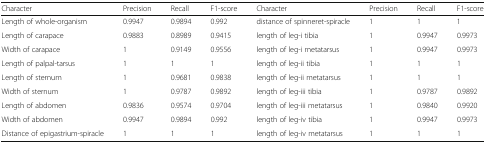
<table><thead><tr><td><b>Character</b></td><td><b>Precision</b></td><td><b>Recall</b></td><td><b>F1-score</b></td><td><b>Character</b></td><td><b>Precision</b></td><td><b>Recall</b></td><td><b>F1-score</b></td></tr></thead><tbody><tr><td>Length of whole-organism</td><td>0.9947</td><td>0.9894</td><td>0.992</td><td>distance of spinneret-spiracle</td><td>1</td><td>1</td><td>1</td></tr><tr><td>Length of carapace</td><td>0.9883</td><td>0.8989</td><td>0.9415</td><td>length of leg-i tibia</td><td>1</td><td>0.9947</td><td>0.9973</td></tr><tr><td>Width of carapace</td><td>1</td><td>0.9149</td><td>0.9556</td><td>length of leg-i metatarsus</td><td>1</td><td>0.9947</td><td>0.9973</td></tr><tr><td>Length of palpal-tarsus</td><td>1</td><td>1</td><td>1</td><td>length of leg-ii tibia</td><td>1</td><td>1</td><td>1</td></tr><tr><td>Length of sternum</td><td>1</td><td>0.9681</td><td>0.9838</td><td>length of leg-ii metatarsus</td><td>1</td><td>1</td><td>1</td></tr><tr><td>Width of sternum</td><td>1</td><td>0.9787</td><td>0.9892</td><td>length of leg-iii tibia</td><td>1</td><td>0.9787</td><td>0.9892</td></tr><tr><td>Length of abdomen</td><td>0.9836</td><td>0.9574</td><td>0.9704</td><td>length of leg-iii metatarsus</td><td>1</td><td>0.9840</td><td>0.9920</td></tr><tr><td>Width of abdomen</td><td>0.9947</td><td>0.9894</td><td>0.992</td><td>length of leg-iv tibia</td><td>1</td><td>0.9947</td><td>0.9973</td></tr><tr><td>Distance of epigastrium-spiracle</td><td>1</td><td>1</td><td>1</td><td>length of leg-iv metatarsus</td><td>1</td><td>1</td><td>1</td></tr></tbody></table>